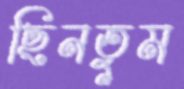
ছিনতুম